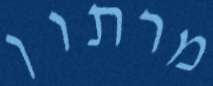
מרתון